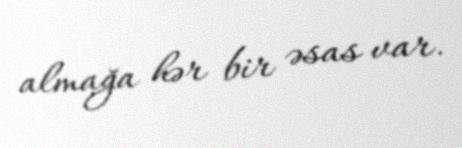
almağa hər bir əsas var.